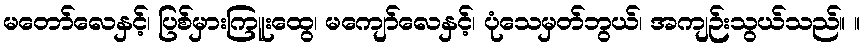
မတော်လေနှင့်၊ ပြစ်မှားကြူးထွေ၊ မကျော်လေနှင့်၊ ပုံသေမှတ်ဘွယ်၊ အကျဉ်းသွယ်သည်။ ။